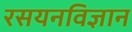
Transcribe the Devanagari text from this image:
रसयनविज्ञान